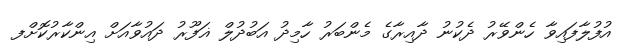
އުފުލާފައިވާ ހެންވޭރު ދެކުނު ދާއިރާގެ މެންބަރު ހާމިދު އަބުދުލް ޣަފޫރު ދައުވާއަށް އިންކާރުކޮށްފ